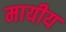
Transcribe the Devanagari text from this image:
मायीय